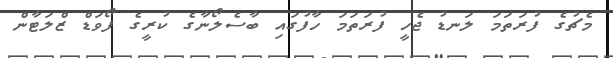
މެޗުގެ ފުރަތަމަ ލަނޑު ޖެހީ ފުރަތަމަ ހާފުގައި ބާސެލޯނާގެ ކުރީގެ ފޯވަޑް ޒްލަޓާން